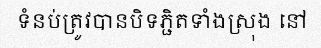
ទំនប់ត្រូវបានបិទភ្ជិតទាំងស្រុង នៅ